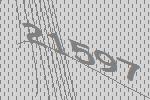
21597